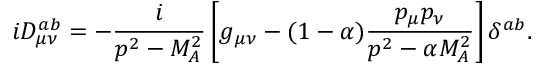
i D _ { \mu \nu } ^ { a b } = - \frac i { p ^ { 2 } - M _ { A } ^ { 2 } } \left[ g _ { \mu \nu } - ( 1 - \alpha ) \frac { p _ { \mu } p _ { \nu } } { p ^ { 2 } - \alpha M _ { A } ^ { 2 } } \right] \delta ^ { a b } .